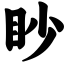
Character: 眇